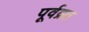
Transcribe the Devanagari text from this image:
पूर्वव्रत